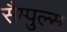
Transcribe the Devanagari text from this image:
सैम्पुल्स